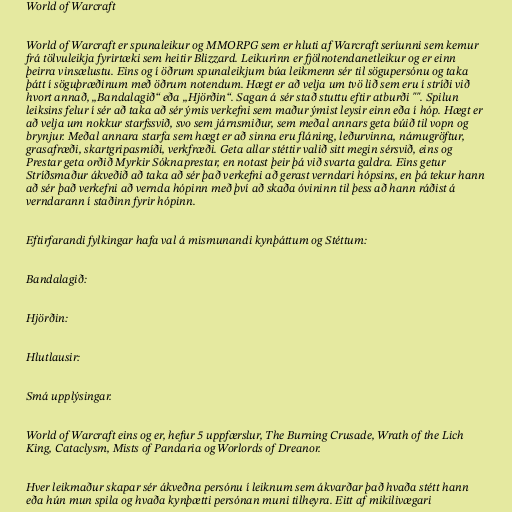
World of Warcraft

World of Warcraft er spunaleikur og MMORPG sem er hluti af Warcraft seríunni sem kemur
frá tölvuleikja fyrirtæki sem heitir Blizzard. Leikurinn er fjölnotendanetleikur og er einn
þeirra vinsælustu. Eins og í öðrum spunaleikjum búa leikmenn sér til sögupersónu og taka
þátt í söguþræðinum með öðrum notendum. Hægt er að velja um tvö lið sem eru í stríði við
hvort annað, „Bandalagið“ eða „Hjörðin“. Sagan á sér stað stuttu eftir atburði "". Spilun
leiksins felur í sér að taka að sér ýmis verkefni sem maður ýmist leysir einn eða í hóp. Hægt er
að velja um nokkur starfssvið, svo sem járnsmiður, sem meðal annars geta búið til vopn og
brynjur. Meðal annara starfa sem hægt er að sinna eru fláning, leðurvinna, námugröftur,
grasafræði, skartgripasmíði, verkfræði. Geta allar stéttir valið sitt megin sérsvið, eins og
Prestar geta orðið Myrkir Sóknaprestar, en notast þeir þá við svarta galdra. Eins getur
Stríðsmaður ákveðið að taka að sér það verkefni að gerast verndari hópsins, en þá tekur hann
að sér það verkefni að vernda hópinn með því að skaða óvininn til þess að hann ráðist á
verndarann í staðinn fyrir hópinn.

Eftirfarandi fylkingar hafa val á mismunandi kynþáttum og Stéttum:

Bandalagið:

Hjörðin:

Hlutlausir:

Smá upplýsingar.

World of Warcraft eins og er, hefur 5 uppfærslur, The Burning Crusade, Wrath of the Lich
King, Cataclysm, Mists of Pandaria og Worlords of Dreanor.

Hver leikmaður skapar sér ákveðna persónu í leiknum sem ákvarðar það hvaða stétt hann
eða hún mun spila og hvaða kynþætti persónan muni tilheyra. Eitt af mikilivægari